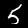
Digit: 5